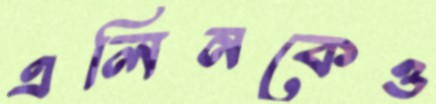
এলিনকেও